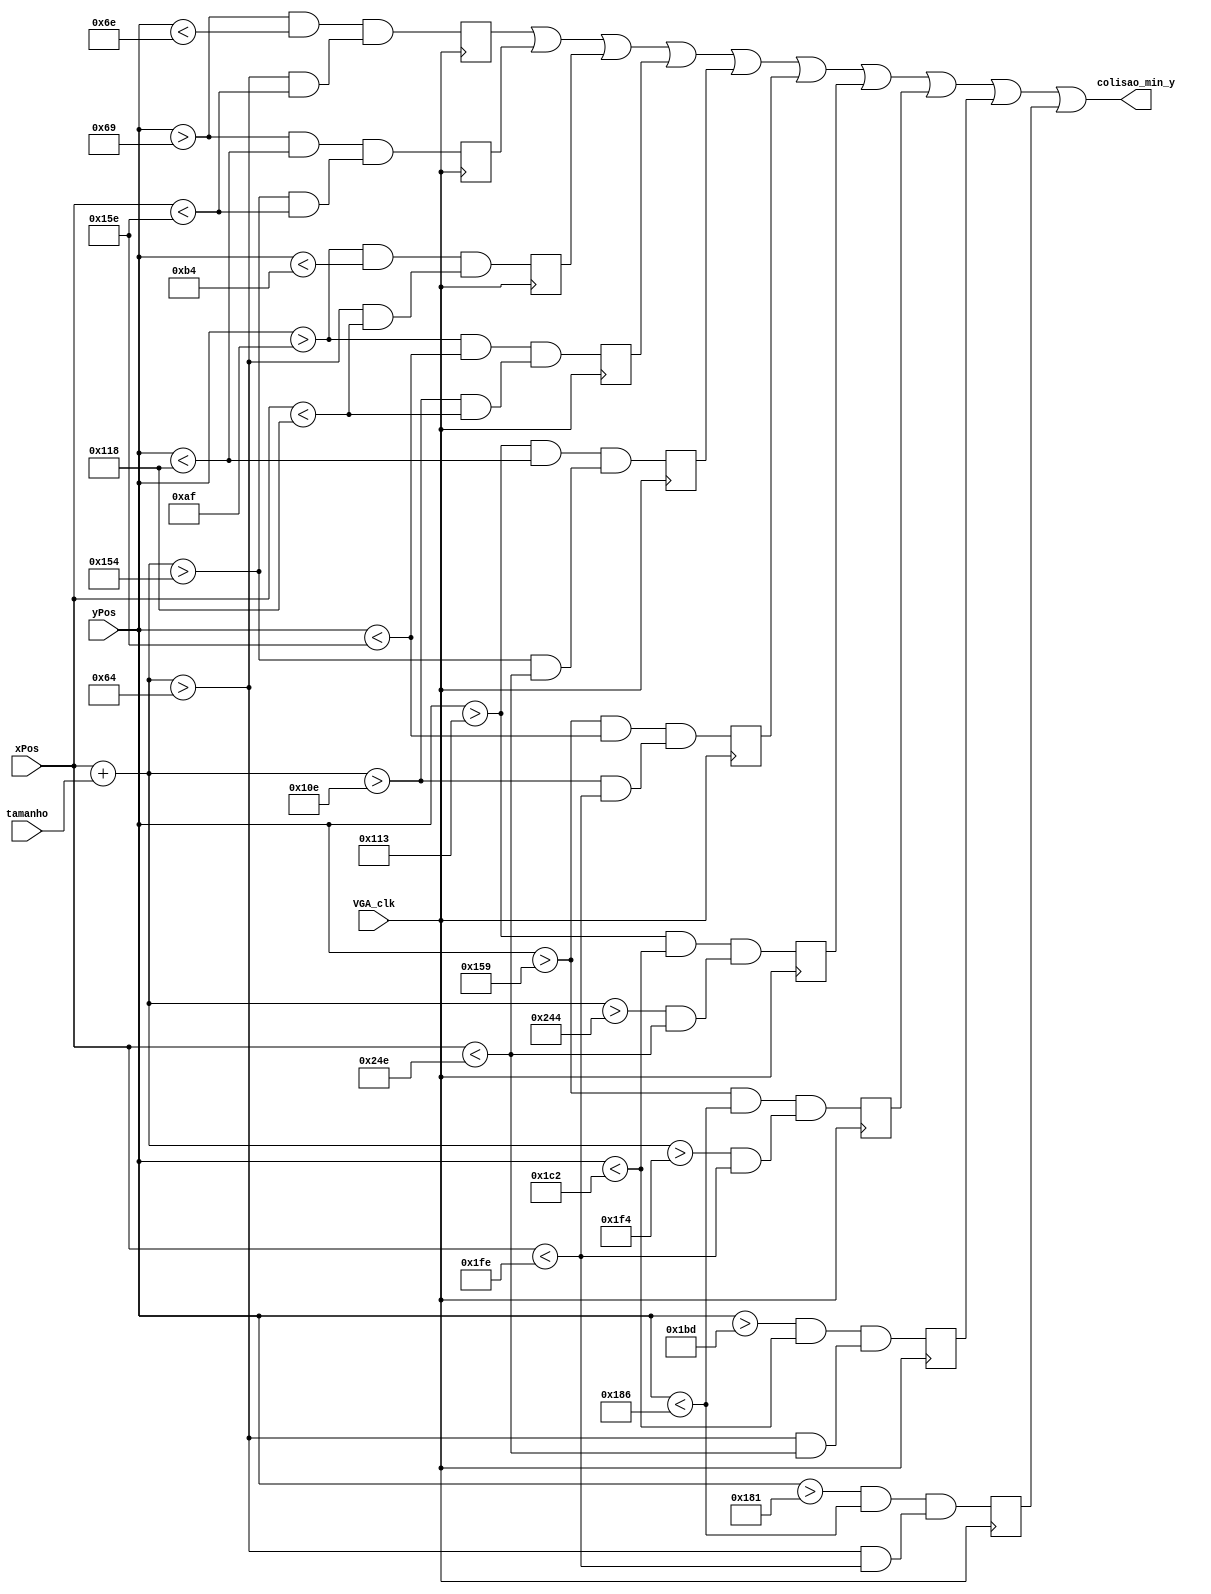
module colide_min_y (
	input VGA_clk,
	input wire [6:0] tamanho,
	input wire [9:0] xPos,
	input wire [8:0] yPos,
	output wire colisao_min_y
);

// maximo keyboard up
	reg colisao_01, colisao_02, colisao_03, colisao_04, colisao_05, colisao_06, colisao_07, colisao_08, colisao_09, colisao_10;
	
	localparam obstaculo_01_ini_y = 105;
	localparam obstaculo_01_fin_y = 110;
	localparam obstaculo_01_ini_x = 100;
	localparam obstaculo_01_fin_x = 350;

	localparam obstaculo_02_ini_y = 105;
	localparam obstaculo_02_fin_y = 280;
	localparam obstaculo_02_ini_x = 340;
	localparam obstaculo_02_fin_x = 350;
	
	localparam obstaculo_03_ini_y = 175;
	localparam obstaculo_03_fin_y = 180;
	localparam obstaculo_03_ini_x = 100;
	localparam obstaculo_03_fin_x = 280;
	
	localparam obstaculo_04_ini_y = 175;
	localparam obstaculo_04_fin_y = 350;
	localparam obstaculo_04_ini_x = 270;
	localparam obstaculo_04_fin_x = 280;
	
	localparam obstaculo_05_ini_y = 275;
	localparam obstaculo_05_fin_y = 280;
	localparam obstaculo_05_ini_x = 340;
	localparam obstaculo_05_fin_x = 590;
	
	localparam obstaculo_06_ini_y = 345;
	localparam obstaculo_06_fin_y = 350;
	localparam obstaculo_06_ini_x = 270;
	localparam obstaculo_06_fin_x = 510;
	
	localparam obstaculo_07_ini_y = 275;
	localparam obstaculo_07_fin_y = 450;
	localparam obstaculo_07_ini_x = 580;
	localparam obstaculo_07_fin_x = 590;
	
	localparam obstaculo_08_ini_y = 345;
	localparam obstaculo_08_fin_y = 390;
	localparam obstaculo_08_ini_x = 500;
	localparam obstaculo_08_fin_x = 510;
	
	localparam obstaculo_09_ini_y = 445;
	localparam obstaculo_09_fin_y = 450;
	localparam obstaculo_09_ini_x = 100;
	localparam obstaculo_09_fin_x = 590;
	
	localparam obstaculo_10_ini_y = 385;
	localparam obstaculo_10_fin_y = 390;
	localparam obstaculo_10_ini_x = 100;
	localparam obstaculo_10_fin_x = 510;	
	
	always @(negedge VGA_clk)
		begin
			colisao_01 <= (yPos > obstaculo_01_ini_y && yPos < obstaculo_01_fin_y) && ((xPos + tamanho) > obstaculo_01_ini_x && xPos < obstaculo_01_fin_x);
			colisao_02 <= (yPos > obstaculo_02_ini_y && yPos < obstaculo_02_fin_y) && ((xPos + tamanho) > obstaculo_02_ini_x && xPos < obstaculo_02_fin_x);
			colisao_03 <= (yPos > obstaculo_03_ini_y && yPos < obstaculo_03_fin_y) && ((xPos + tamanho) > obstaculo_03_ini_x && xPos < obstaculo_03_fin_x);
			colisao_04 <= (yPos > obstaculo_04_ini_y && yPos < obstaculo_04_fin_y) && ((xPos + tamanho) > obstaculo_04_ini_x && xPos < obstaculo_04_fin_x);
			colisao_05 <= (yPos > obstaculo_05_ini_y && yPos < obstaculo_05_fin_y) && ((xPos + tamanho) > obstaculo_05_ini_x && xPos < obstaculo_05_fin_x);
			colisao_06 <= (yPos > obstaculo_06_ini_y && yPos < obstaculo_06_fin_y) && ((xPos + tamanho) > obstaculo_06_ini_x && xPos < obstaculo_06_fin_x);
			colisao_07 <= (yPos > obstaculo_07_ini_y && yPos < obstaculo_07_fin_y) && ((xPos + tamanho) > obstaculo_07_ini_x && xPos < obstaculo_07_fin_x);
			colisao_08 <= (yPos > obstaculo_08_ini_y && yPos < obstaculo_08_fin_y) && ((xPos + tamanho) > obstaculo_08_ini_x && xPos < obstaculo_08_fin_x);
			colisao_09 <= (yPos > obstaculo_09_ini_y && yPos < obstaculo_09_fin_y) && ((xPos + tamanho) > obstaculo_09_ini_x && xPos < obstaculo_09_fin_x);			
			colisao_10 <= (yPos > obstaculo_10_ini_y && yPos < obstaculo_10_fin_y) && ((xPos + tamanho) > obstaculo_10_ini_x && xPos < obstaculo_10_fin_x);			
		end

	assign colisao_min_y = colisao_01 ||
								  colisao_02 ||
								  colisao_03 ||
								  colisao_04 ||
								  colisao_05 ||
								  colisao_06 ||
								  colisao_07 ||
								  colisao_08 ||
								  colisao_09 ||
								  colisao_10;

endmodule